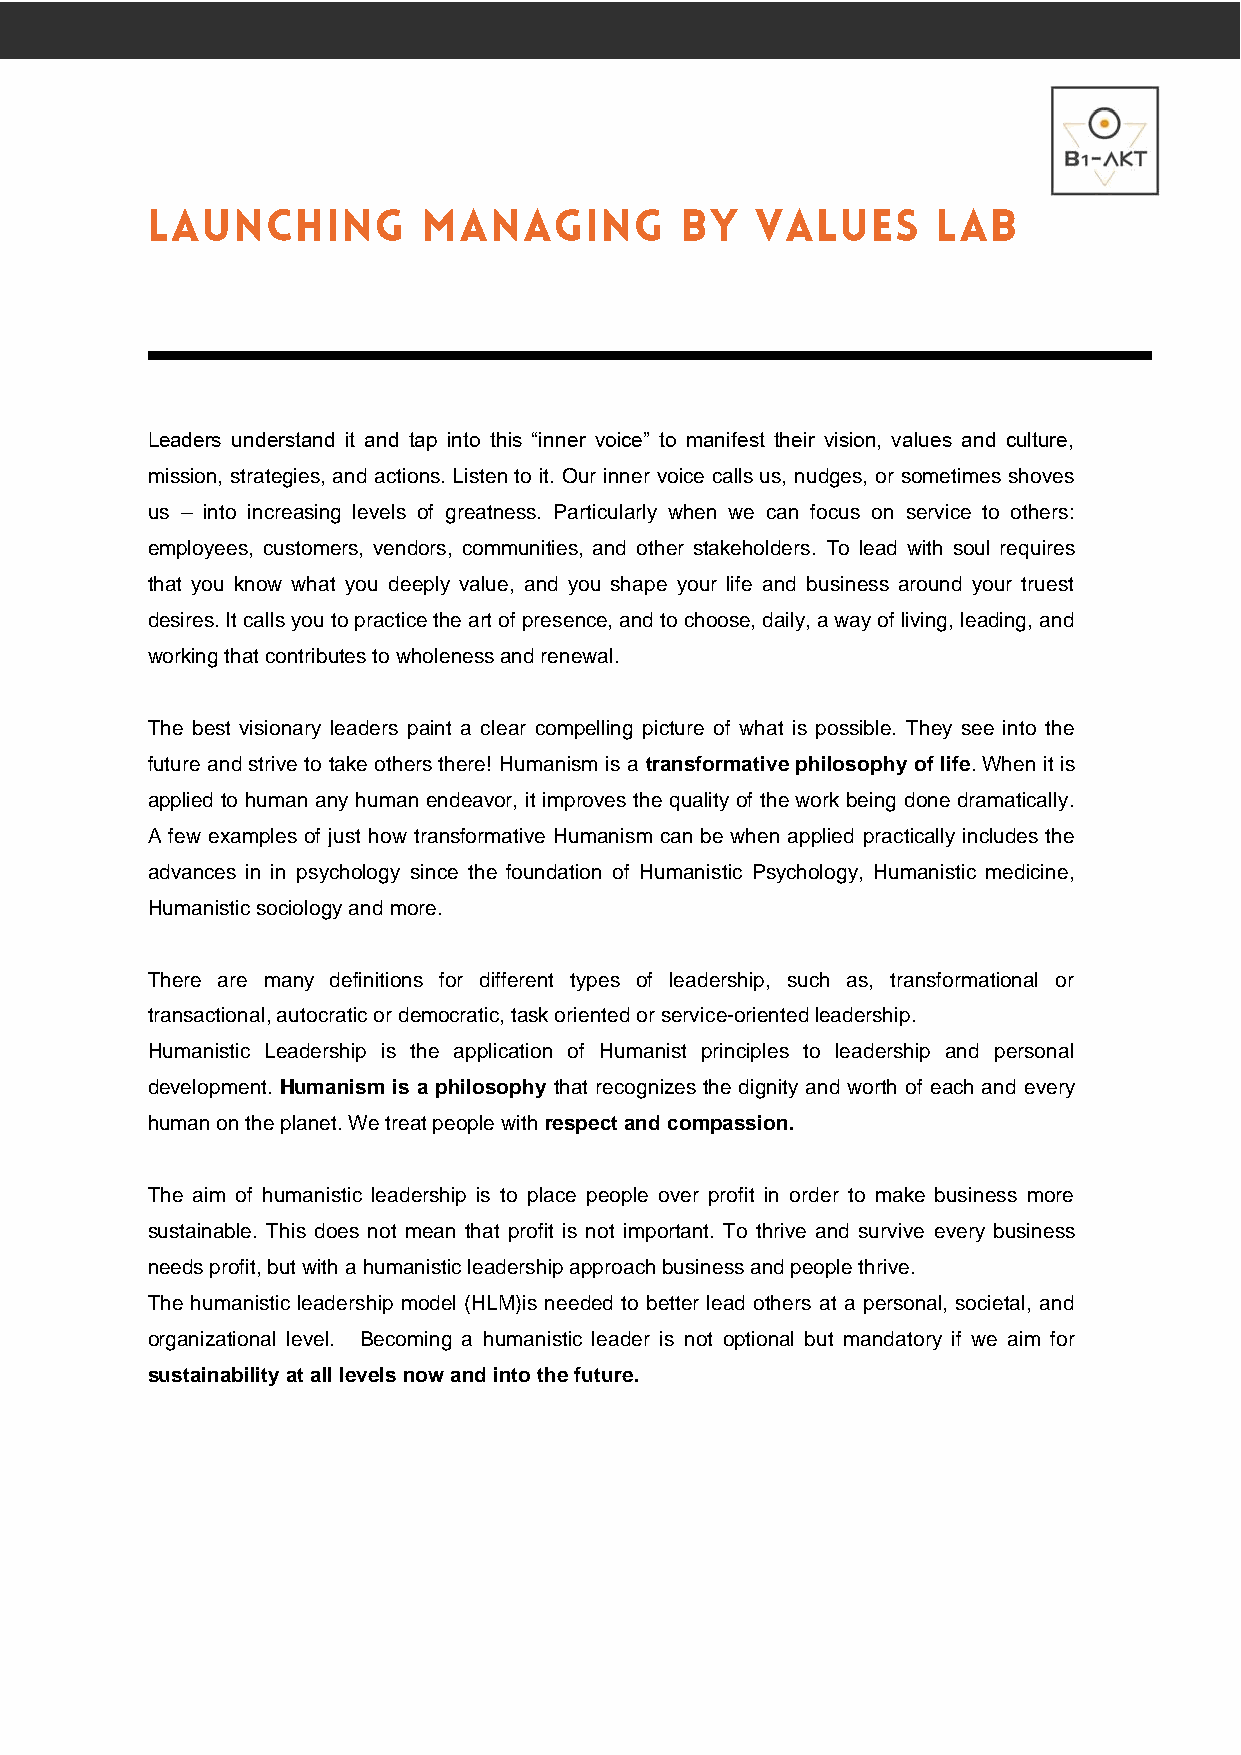
Leaders understand it and tap into this “inner voice” to manifest their vision, values and culture,
 mission, strategies, and actions. Listen to it. Our inner voice calls us, nudges, or sometimes shoves
 us – into increasing levels of greatness. Particularly when we can focus on service to others:
 employees, customers, vendors, communities, and other stakeholders. To lead with soul requires
 that you know what you deeply value, and you shape your life and business around your truest
 desires. It calls you to practice the art of presence, and to choose, daily, a way of living, leading, and
 working that contributes to wholeness and renewal.
 The best visionary leaders paint a clear compelling picture of what is possible. They see into the
 future and strive to take others there! Humanism is a transformative philosophy of life. When it is
 applied to human any human endeavor, it improves the quality of the work being done dramatically.
 A few examples of just how transformative Humanism can be when applied practically includes the
 advances in in psychology since the foundation of Humanistic Psychology, Humanistic medicine,
 Humanistic sociology and more.
 There are many definitions for different types of leadership, such as, transformational or
 transactional, autocratic or democratic, task oriented or service-oriented leadership.
 Humanistic Leadership is the application of Humanist principles to leadership and personal
 development. Humanism is a philosophy that recognizes the dignity and worth of each and every
 human on the planet. We treat people with respect and compassion.
 The aim of humanistic leadership is to place people over profit in order to make business more
 sustainable. This does not mean that profit is not important. To thrive and survive every business
 needs profit, but with a humanistic leadership approach business and people thrive.
 The humanistic leadership model (HLM)is needed to better lead others at a personal, societal, and
 organizational level. Becoming a humanistic leader is not optional but mandatory if we aim for
 sustainability at all levels now and into the future.